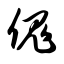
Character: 傀